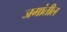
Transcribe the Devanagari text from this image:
जगांतील